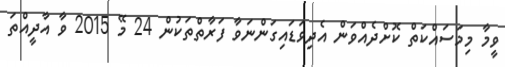
ވީމާ މިމަސައްކަތް ކޮށްދެއްވަން އެދިވަޑައިގަންނަވާ ފަރާތްތަކުން 24 މޭ 2015 ވާ އާދީއްތަ